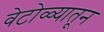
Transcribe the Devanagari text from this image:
वेटोळ्यातून